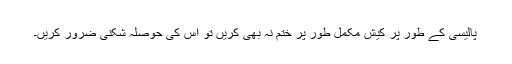
پالیسی کے طور پر کیش مکمل طور پر ختم نہ بھی کریں تو اس کی حوصلہ شکنی ضرور کریں۔